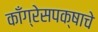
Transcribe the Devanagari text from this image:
काँग्रेसपक्षाचे